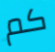
كم